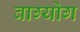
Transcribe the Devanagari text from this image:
वाग्योग